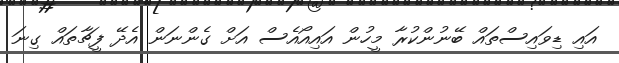
އައި ޑިވައިސްތައް ބޭނުންކުރާ މީހުން އައިއޯއެސް އަށް ގެންނަން އެދޭ ފީޗާތައް ގިނަ